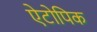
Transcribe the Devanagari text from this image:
ऐटोपिक